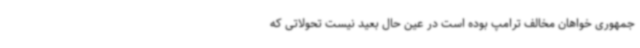
جمهوری خواهان مخالف ترامپ بوده است در عین حال بعید نیست تحولاتی که